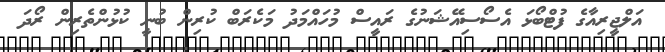
އަލްޖީރިއާގެ ފުޓްބޯޅަ އެސޯސިއޭޝަނުގެ ރައީސް މުހައްމަދު މަކެރަބް ކުރިން ބުނީ ކުޅުންތެރިން ރޯދަ